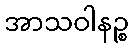
အာသဝါနဉ္စ